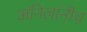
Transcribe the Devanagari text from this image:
अनिलांनीच